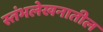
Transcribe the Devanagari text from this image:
स्तंभलेखनातील